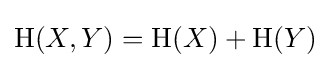
\mathrm {H} (X,Y)=\mathrm {H} (X)+\mathrm {H} (Y)